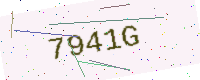
Text: 7941G